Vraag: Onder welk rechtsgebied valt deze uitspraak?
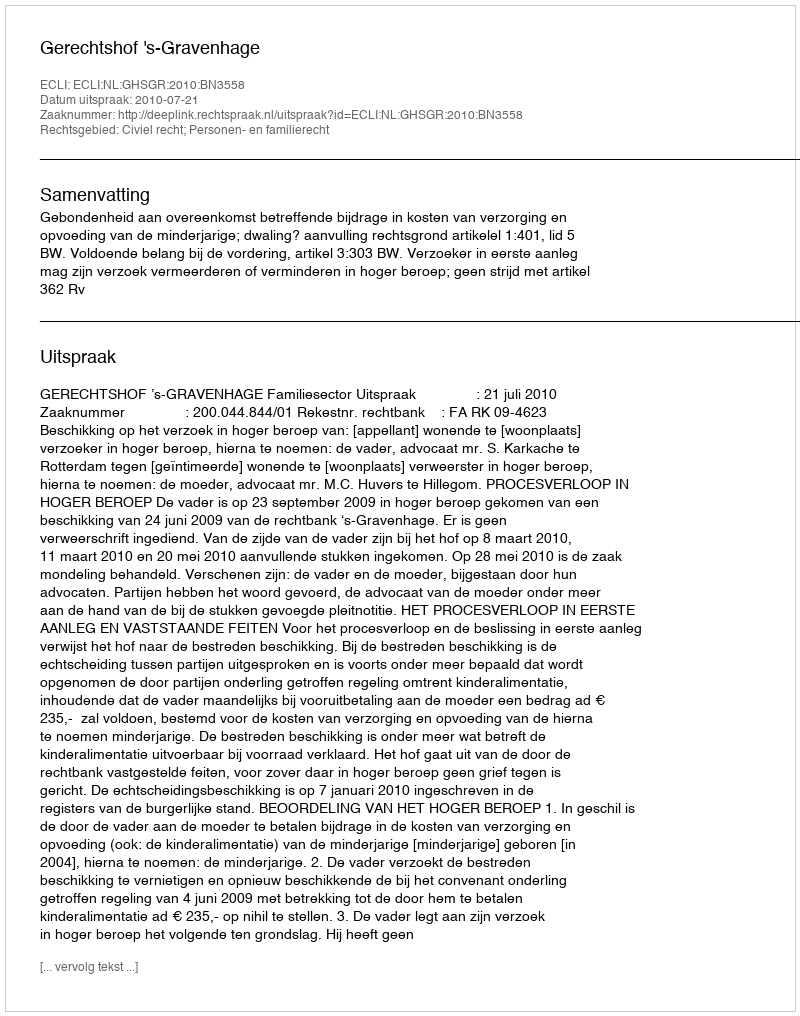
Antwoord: Civiel recht; Personen- en familierecht